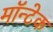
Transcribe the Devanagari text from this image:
मॉन्टेक